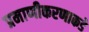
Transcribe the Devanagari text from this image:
प्रमाणीकरणाकडे